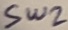
Text: SW2